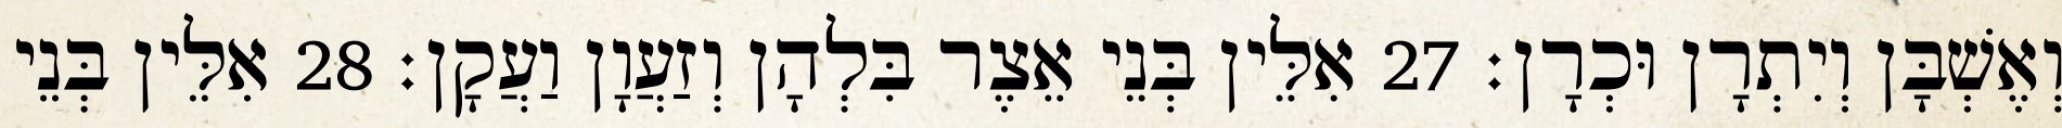
וְאֶשְׁבָּן וְיִתְרָן וּכְרָן׃ 27 אִלֵּין בְּנֵי אֵצֶר בִּלְהָן וְזַעֲוָן וַעֲקָן׃ 28 אִלֵּין בְּנֵי